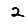
Digit: 2